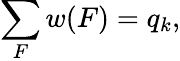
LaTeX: \sum_{F}w(F)=q_{k},